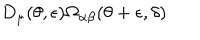
LaTeX: D _ { \mu } ( \theta , \epsilon ) \Omega _ { \alpha \beta } ( \theta + \epsilon , \delta )